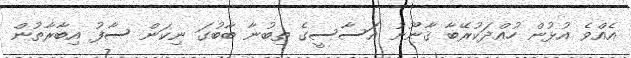
އެއްވެ އުޅުން ހުއްދަކުރޭބާ ޤާނޫނު އަސާސީގެ ތިބުނާ ބާބުގަ ނިކަން ސާފު އިބާރާތުން